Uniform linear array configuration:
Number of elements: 16
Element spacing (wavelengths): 1
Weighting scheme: binomial
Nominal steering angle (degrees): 60
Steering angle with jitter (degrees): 58.028
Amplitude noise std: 0.05
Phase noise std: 0.05

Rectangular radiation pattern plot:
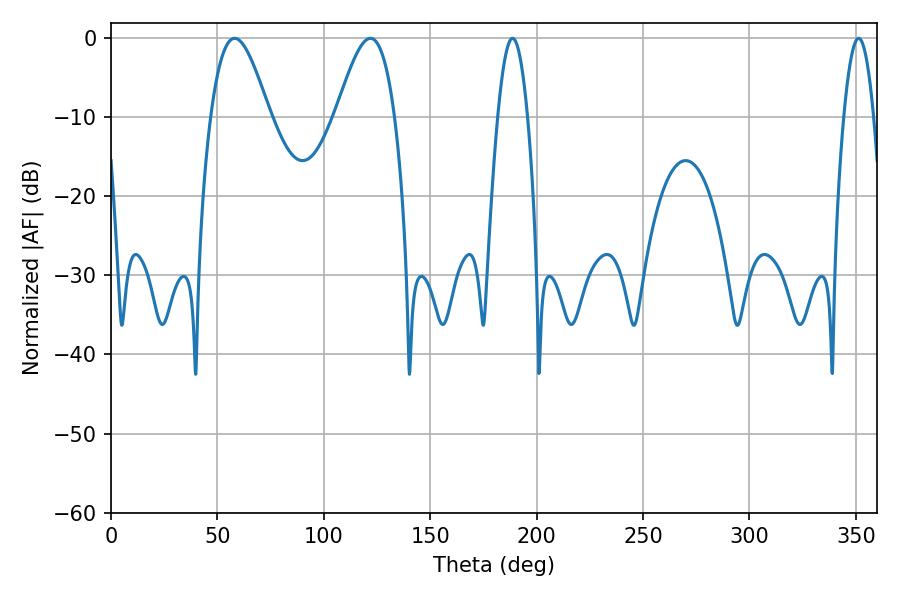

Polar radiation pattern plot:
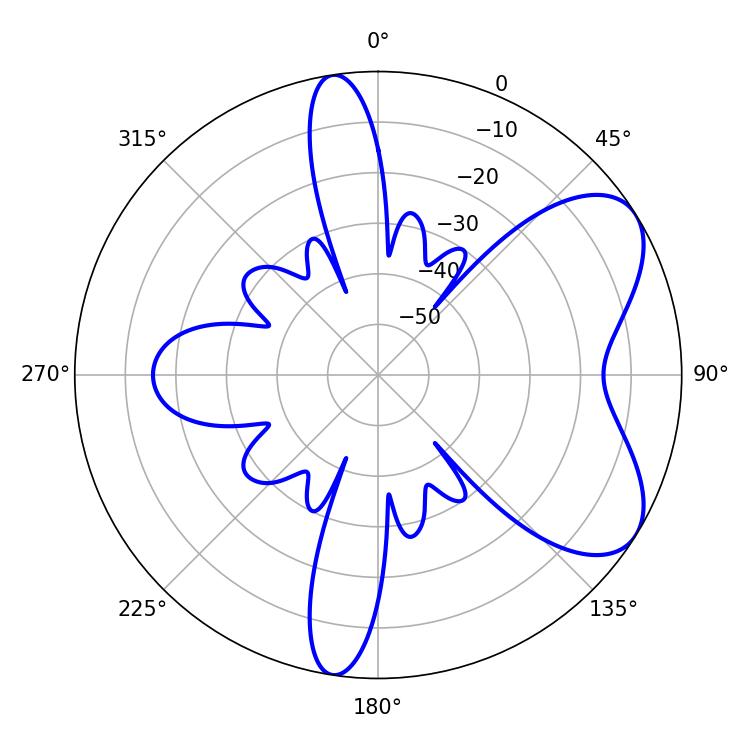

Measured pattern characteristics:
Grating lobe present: TRUE
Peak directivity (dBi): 6.505
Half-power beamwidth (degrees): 14.76
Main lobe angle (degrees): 58.14